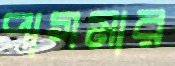
পাগমার